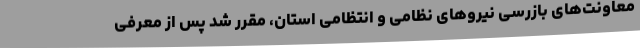
معاونت‌های بازرسی نیروهای نظامی و انتظامی استان، مقرر شد پس از معرفی